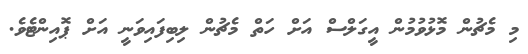
މި މެޗުން މޮޅުވުމުން އީގަލްސް އަށް ހަތް މެޗުން ލިބިފައިވަނީ އަށް ޕޮއިންޓެވެ.